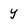
Character: y